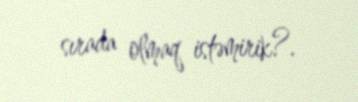
sırada olmaq istəmirik?.